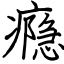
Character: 瘾